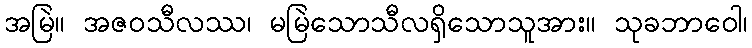
အမြဲ။ အဇဝသီလဿ၊ မမြဲသောသီလရှိသောသူအား။ သုခဘာဝေါ၊